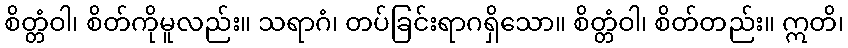
စိတ္တံဝါ၊ စိတ်ကိုမူလည်း။ သရာဂံ၊ တပ်ခြင်းရာဂရှိသော။ စိတ္တံဝါ၊ စိတ်တည်း။ ဣတိ၊